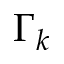
\Gamma _ { k }